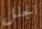
الجلل